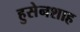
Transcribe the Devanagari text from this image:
हुसेनशाह